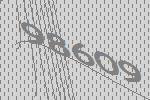
98609